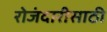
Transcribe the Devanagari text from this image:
रोजंदारीसाठी